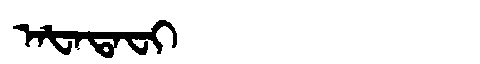
Manchu: ᠠᡶᠠᡨᠠᠸᡳ
Romanization: AFATAFI